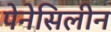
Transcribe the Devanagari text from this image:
पेनेसिलीन